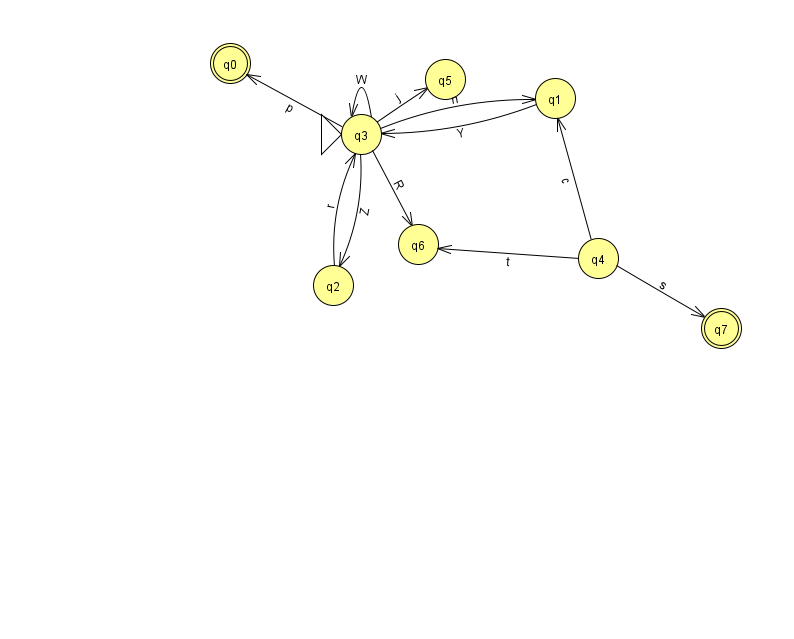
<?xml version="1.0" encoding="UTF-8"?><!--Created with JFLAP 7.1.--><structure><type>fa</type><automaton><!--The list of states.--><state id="0" name="q0"><x>230.0</x><y>50.0</y><final/></state><state id="1" name="q1"><x>555.0</x><y>85.0</y></state><state id="2" name="q2"><x>333.0</x><y>272.0</y></state><state id="3" name="q3"><x>361.0</x><y>121.0</y><initial/></state><state id="4" name="q4"><x>598.0</x><y>245.0</y></state><state id="5" name="q5"><x>445.0</x><y>66.0</y></state><state id="6" name="q6"><x>418.0</x><y>231.0</y></state><state id="7" name="q7"><x>721.0</x><y>315.0</y><final/></state><!--The list of transitions.--><transition><from>3</from><to>2</to><read>Z</read></transition><transition><from>4</from><to>1</to><read>c</read></transition><transition><from>3</from><to>6</to><read>R</read></transition><transition><from>4</from><to>6</to><read>t</read></transition><transition><from>4</from><to>7</to><read>s</read></transition><transition><from>3</from><to>3</to><read>W</read></transition><transition><from>2</from><to>3</to><read>r</read></transition><transition><from>3</from><to>1</to><read>n</read></transition><transition><from>3</from><to>5</to><read>j</read></transition><transition><from>1</from><to>3</to><read>Y</read></transition><transition><from>3</from><to>0</to><read>p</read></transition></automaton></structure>